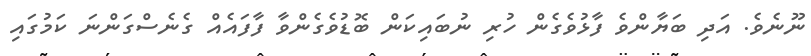
ނޫނެވެ. އަދި ބަޔާންވެ ފާޅުވެގެން ހުރި ނުބައިކަން ބޮޑުވެގެންވާ ފާފައެއް ގެނެސްގަންނަ ކަމުގައި